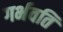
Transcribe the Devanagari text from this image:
गर्भवति